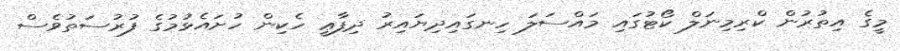
މީގެ އިތުރުން ކްރިމިނަލް ކޯޓުގައި މައްސަލަ ހިނގައިދިޔައިރު ދިފާޢީ ހެކިން ހުށައެޅުމުގެ ފުރުސަތުވެސް